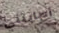
أصابتني